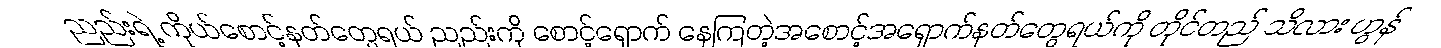
ညည်းရဲ့ ကိုယ်စောင့်နတ်တွေရယ် ညည်းကို စောင့်ရှောက် နေကြတဲ့အစောင့်အရှောက်နတ်တွေရယ်ကို တိုင်တည် သိလား ဟွန်